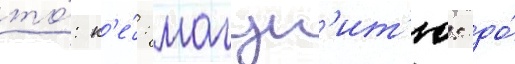
то́: к'е́: магун'ит'ю: до́